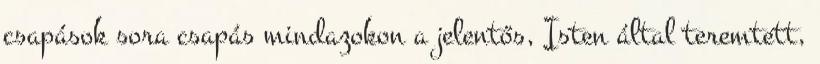
csapások sora csapás mindazokon a jelentős, Isten által teremtett,